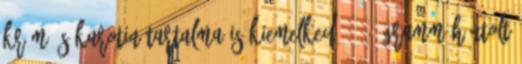
króm és karotin tartalma is kiemelkedő. 100 gramm hántolt